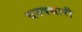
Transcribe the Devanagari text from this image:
वस्‍त्रधारी